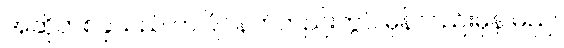
အဆိုတစ်ခုသည် တပြိုင်နက်တည်းတွင် မှန်လည်းမှန် မည်။